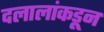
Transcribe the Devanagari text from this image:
दलालांकडून